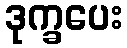
ဒုက္ခပေး